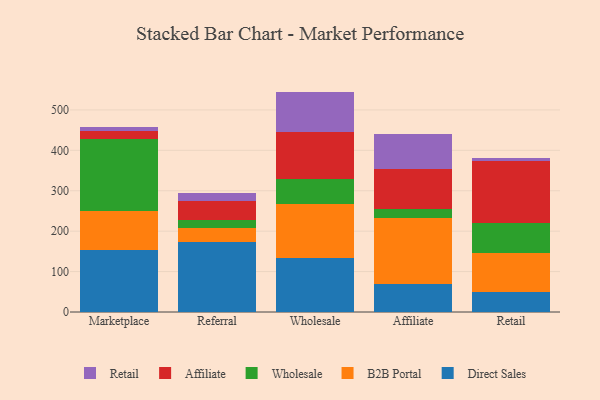
{"axis": {"x": "Channel", "y": "Waste Production (Tons)"}, "legend": ["Affiliate", "B2B Portal", "Direct Sales", "Retail", "Wholesale"], "data": [{"x": "Marketplace", "y": 153.7, "type": "Direct Sales"}, {"x": "Marketplace", "y": 96.8, "type": "B2B Portal"}, {"x": "Marketplace", "y": 177.7, "type": "Wholesale"}, {"x": "Marketplace", "y": 19.5, "type": "Affiliate"}, {"x": "Marketplace", "y": 10.9, "type": "Retail"}, {"x": "Referral", "y": 173.2, "type": "Direct Sales"}, {"x": "Referral", "y": 34.0, "type": "B2B Portal"}, {"x": "Referral", "y": 19.9, "type": "Wholesale"}, {"x": "Referral", "y": 47.2, "type": "Affiliate"}, {"x": "Referral", "y": 19.4, "type": "Retail"}, {"x": "Wholesale", "y": 132.4, "type": "Direct Sales"}, {"x": "Wholesale", "y": 135.1, "type": "B2B Portal"}, {"x": "Wholesale", "y": 61.2, "type": "Wholesale"}, {"x": "Wholesale", "y": 117.1, "type": "Affiliate"}, {"x": "Wholesale", "y": 99.5, "type": "Retail"}, {"x": "Affiliate", "y": 69.9, "type": "Direct Sales"}, {"x": "Affiliate", "y": 163.9, "type": "B2B Portal"}, {"x": "Affiliate", "y": 20.7, "type": "Wholesale"}, {"x": "Affiliate", "y": 99.6, "type": "Affiliate"}, {"x": "Affiliate", "y": 85.5, "type": "Retail"}, {"x": "Retail", "y": 48.6, "type": "Direct Sales"}, {"x": "Retail", "y": 97.5, "type": "B2B Portal"}, {"x": "Retail", "y": 73.6, "type": "Wholesale"}, {"x": "Retail", "y": 153.9, "type": "Affiliate"}, {"x": "Retail", "y": 6.6, "type": "Retail"}]}